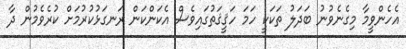
އެހެންވީމާ މިގެނެވުނު ބަދަލު ތަކަކީ ހަމަ ހަޤީޤަތުގައިވެސް އެކަންކަން ރަނގަޅުކުރުމަށް ކުރެވެމުން ދާ